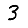
Digit: 3